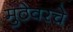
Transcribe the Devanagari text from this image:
मुठेवरचे